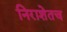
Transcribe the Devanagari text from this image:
निराशेतच